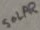
Text: SOLAR